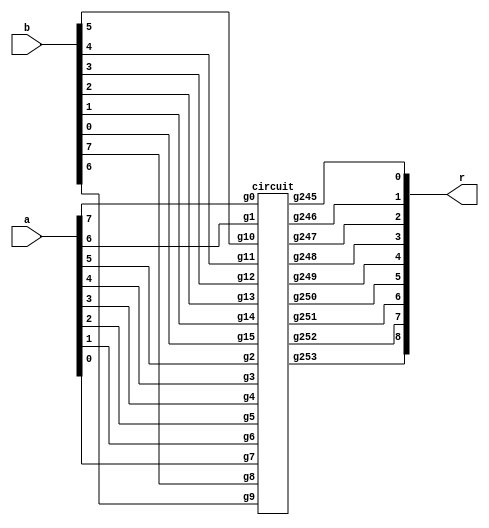
module abs_diff ( 
    a, b, r);
input [7:0] a; 
input [7:0] b;
output [8:0] r;

circuit DUT(
  .g0(a[7]), 
  .g1(a[6]),
  .g2(a[5]),
  .g3(a[4]),
  .g4(a[3]),
  .g5(a[2]),
  .g6(a[1]),
  .g7(a[0]),
  
  .g8(b[7]),
  .g9(b[6]),
  .g10(b[5]),
  .g11(b[4]),
  .g12(b[3]),
  .g13(b[2]),
  .g14(b[1]),
  .g15(b[0]),
      
  .g253(r[8]),  
  .g252(r[7]),  
  .g251(r[6]), 
  .g250(r[5]), 
  .g249(r[4]), 
  .g248(r[3]),  
  .g247(r[2]), 
  .g246(r[1]), 
  .g245(r[0]) 
);
  
endmodule



// Benchmark "circuit" written by ABC on Thu Apr 23 17:40:54 2020

module circuit ( 
    g0, g1, g2, g3, g4, g5, g6, g7, g8, g9, g10, g11, g12, g13, g14, g15,
    g253, g252, g251, g250, g249, g248, g247, g246, g245  );
  input  g0, g1, g2, g3, g4, g5, g6, g7, g8, g9, g10, g11, g12, g13, g14,
    g15;
  output g253, g252, g251, g250, g249, g248, g247, g246, g245;
  wire g16, g17, g18, g19, g20, g21, g22, g23, g24, g25, g26, g27, g28, g29,
    g30, g31, g32, g33, g34, g35, g36, g37, g38, g39, g40, g41, g42, g43,
    g44, g45, g46, g47, g48, g49, g50, g51, g52, g53, g54, g55, g56, g57,
    g58, g59, g60, g61, g62, g63, g64, g65, g66, g67, g68, g69, g70, g71,
    g72, g73, g74, g75, g76, g77, g78, g79, g80, g81, g82, g83, g84, g85,
    g86, g87, g88, g89, g90, g91, g92, g93, g94, g95, g96, g97, g98, g99,
    g100, g101, g102, g103, g104, g105, g106, g107, g108, g109, g110, g111,
    g112, g113, g114, g115, g116, g121, g122, g123, g124, g125, g126, g127,
    g128, g129, g130, g131, g132, g133, g134, g135, g136, g137, g138, g139,
    g140, g141, g142, g143, g149, g150, g151, g152, g153, g154, g155, g156,
    g157, g158, g159, g160, g161, g162, g163, g164, g165, g166, g167, g168,
    g170, g171, g172, g173, g174, g176, g178, g179, g180, g181, g182, g184,
    g191, g192, g193, g194, g195, g199, g200, g201, g202, g203, g204, g205,
    g206, g207, g209, g210, g212, g214, g215, g216, g217, g218, g219, g220,
    g222, g223, g224, g228, g229, g230, g235, g240, g241, g242, g243, \0 ;
  assign g16 = ~g15;
  assign g17 = ~g7 | ~g16;
  assign g18 = ~g7;
  assign g19 = ~g15 | ~g18;
  assign g20 = ~g17 | ~g19;
  assign g21 = ~g9;
  assign g22 = ~g10;
  assign g23 = ~g11;
  assign g24 = ~g12;
  assign g25 = ~g13;
  assign g26 = ~g14;
  assign g27 = ~g0;
  assign g28 = ~g7;
  assign g29 = ~g15 | ~g28;
  assign g30 = ~g4;
  assign g31 = ~g12 | ~g30;
  assign g32 = ~g6;
  assign g33 = ~g15 | ~g18;
  assign g34 = ~g13;
  assign g35 = ~g5 | ~g34;
  assign g36 = ~g6;
  assign g37 = ~g14 | ~g32;
  assign g38 = ~g12 | ~g30;
  assign g39 = ~g5;
  assign g40 = ~g13 & ~g39;
  assign g41 = ~g4;
  assign g42 = ~g6 | ~g26;
  assign g43 = ~g37 | ~g42;
  assign g44 = ~g5 & ~g25;
  assign g45 = ~g4 | ~g24;
  assign g46 = ~g3 | ~g23;
  assign g47 = ~g3 & ~g23;
  assign g48 = ~g2 | ~g22;
  assign g49 = ~g2 & ~g22;
  assign g50 = ~g47 & ~g49;
  assign g51 = ~g1 | ~g21;
  assign g52 = ~g1 & ~g21;
  assign g53 = ~g8 | ~g27;
  assign g54 = ~g8 & ~g27;
  assign g55 = ~g52 & ~g54;
  assign g56 = ~g50 | ~g55;
  assign g57 = ~g20;
  assign g58 = ~g33 | ~g43;
  assign g59 = ~g43;
  assign g60 = ~g44;
  assign g61 = ~g31 | ~g40;
  assign g62 = ~g45 | ~g61;
  assign g63 = ~g62;
  assign g64 = ~g47;
  assign g65 = ~g49;
  assign g66 = ~g46;
  assign g67 = ~g65 | ~g66;
  assign g68 = ~g48 | ~g67;
  assign g69 = ~g68;
  assign g70 = ~g51 | ~g52;
  assign g71 = ~g54;
  assign g72 = ~g51;
  assign g73 = ~g71 | ~g72;
  assign g74 = ~g53 | ~g73;
  assign g75 = ~g74;
  assign g76 = ~g55;
  assign g77 = ~g75 | ~g76;
  assign g78 = ~g69 | ~g75;
  assign g79 = ~g77 | ~g78;
  assign g80 = ~g56;
  assign g81 = ~g52;
  assign g82 = ~g33;
  assign g83 = ~g14 | ~g36;
  assign g84 = ~g12 | ~g41;
  assign g85 = ~g29 | ~g83;
  assign g86 = ~g51 | ~g69;
  assign g87 = ~g38 | ~g60;
  assign g88 = ~g35 | ~g60;
  assign g89 = ~g45 | ~g84;
  assign g90 = ~g46 | ~g64;
  assign g91 = ~g48 | ~g65;
  assign g92 = ~g51 | ~g81;
  assign g93 = ~g50 | ~g81;
  assign g94 = ~g53 | ~g71;
  assign g95 = ~g59 | ~g82;
  assign g96 = ~g58 | ~g95;
  assign g97 = ~g29 | ~g83;
  assign g98 = ~g42 | ~g85;
  assign g99 = ~g98;
  assign g100 = ~g88;
  assign g101 = ~g89;
  assign g102 = ~g63 | ~g99;
  assign g103 = ~g63 | ~g87;
  assign g104 = ~g102 | ~g103;
  assign g105 = ~g90;
  assign g106 = ~g91;
  assign g107 = ~g92;
  assign g108 = ~g70 | ~g86;
  assign g109 = ~g93;
  assign g110 = ~g94;
  assign g111 = ~g102 | ~g103;
  assign g112 = ~g42 | ~g97;
  assign g113 = ~g104;
  assign g114 = ~g112;
  assign g115 = ~g104;
  assign g116 = ~g96;
  assign g121 = ~g57 | ~g116;
  assign g122 = ~g100 | ~g114;
  assign g123 = ~g88 | ~g112;
  assign g124 = ~g122 | ~g123;
  assign g125 = ~g60 | ~g112;
  assign g126 = ~g35 | ~g125;
  assign g127 = ~g126;
  assign g128 = ~g101 | ~g127;
  assign g129 = ~g89 | ~g126;
  assign g130 = ~g128 | ~g129;
  assign g131 = ~g105 | ~g115;
  assign g132 = ~g90 | ~g111;
  assign g133 = ~g131 | ~g132;
  assign g134 = ~g133;
  assign g135 = ~g64 | ~g113;
  assign g136 = ~g46 | ~g135;
  assign g137 = ~g136;
  assign g138 = ~g106 | ~g137;
  assign g139 = ~g91 | ~g136;
  assign g140 = ~g138 | ~g139;
  assign g141 = ~g50 | ~g113;
  assign g142 = ~g111;
  assign g143 = ~g69 | ~g141;
  assign g149 = ~g130;
  assign g150 = ~g134;
  assign g151 = ~g140;
  assign g152 = ~g149;
  assign g153 = ~g150;
  assign g154 = ~g121 & ~g124;
  assign g155 = ~g130 & ~g134;
  assign g156 = ~g154 | ~g155;
  assign g157 = ~g92 | ~g143;
  assign g158 = ~g109 | ~g142;
  assign g159 = ~g108 | ~g158;
  assign g160 = ~g159;
  assign g161 = ~g110 | ~g160;
  assign g162 = ~g94 | ~g159;
  assign g163 = ~g161 | ~g162;
  assign g164 = ~g80 | ~g142;
  assign g165 = ~g79 | ~g164;
  assign g166 = ~g165;
  assign g167 = ~g143;
  assign g168 = ~g154;
  assign g170 = ~g156;
  assign g171 = ~g163;
  assign g172 = ~g156;
  assign g173 = ~g151;
  assign g174 = ~g170;
  assign g176 = ~g151 | ~g170;
  assign g178 = ~g152 & ~g168;
  assign g179 = ~g166;
  assign g180 = ~g179;
  assign g181 = ~g179;
  assign g182 = ~g179;
  assign g184 = ~g182;
  assign g191 = ~g134 | ~g184;
  assign g192 = ~g140 | ~g184;
  assign g193 = ~g163 | ~g184;
  assign g194 = ~g107 | ~g167;
  assign g195 = ~g157 | ~g194;
  assign g199 = ~g178;
  assign g200 = ~g153 | ~g199;
  assign g201 = ~g150 | ~g178;
  assign g202 = ~g200 | ~g201;
  assign g203 = ~g202;
  assign g204 = ~g170 | ~g173;
  assign g205 = ~g151 | ~g174;
  assign g206 = ~g204 | ~g205;
  assign g207 = ~g195;
  assign g209 = ~g207;
  assign g210 = ~g176;
  assign g212 = ~g140 & ~g195;
  assign g214 = ~g181 | ~g203;
  assign g215 = ~g180 | ~g206;
  assign g216 = ~g184 | ~g195;
  assign g217 = ~g176 | ~g209;
  assign g218 = ~g207 | ~g210;
  assign g219 = ~g217 | ~g218;
  assign g220 = ~g219;
  assign g222 = ~g172 | ~g212;
  assign g223 = ~g180 | ~g220;
  assign g224 = ~g163 | ~g222;
  assign g228 = ~g171 | ~\0 ;
  assign g229 = ~g224 | ~g228;
  assign g230 = ~g229;
  assign g235 = ~g181 | ~g230;
  assign g240 = ~g191 | ~g214;
  assign g241 = ~g192 | ~g215;
  assign g242 = ~g216 | ~g223;
  assign g243 = ~g193 | ~g235;
  assign g245 = \0 ;
  assign g246 = \0 ;
  assign g247 = \0 ;
  assign g248 = \0 ;
  assign g249 = g240;
  assign g250 = g241;
  assign g251 = g242;
  assign g252 = g243;
  assign g253 = \0 ;
  assign \0  = 1'b0;
endmodule